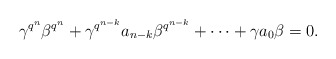
\begin{align*} \gamma^{q^n}\beta^{q^n}+\gamma^{q^{n-k}}a_{n-k}\beta^{q^{n-k}}+\cdots +\gamma a_0 \beta=0. \end{align*}